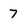
Character: 7